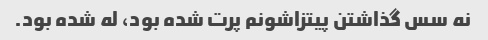
نه سس گذاشتن پیتزاشونم پرت شده بود، له شده بود.